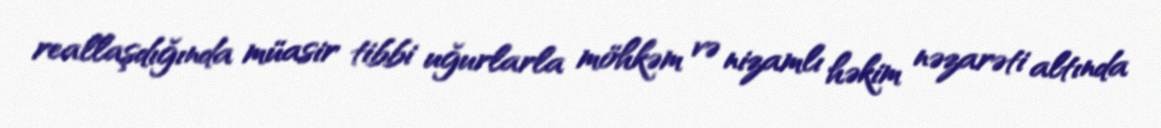
reallaşdığında müasir tibbi uğurlarla möhkəm və nizamlı həkim nəzarəti altında